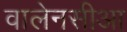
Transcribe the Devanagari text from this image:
वालेनसीआ